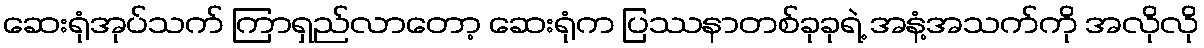
ဆေးရုံအုပ်သက် ကြာရှည်လာတော့ ဆေးရုံက ပြဿနာတစ်ခုခုရဲ့ အနံ့အသက်ကို အလိုလို